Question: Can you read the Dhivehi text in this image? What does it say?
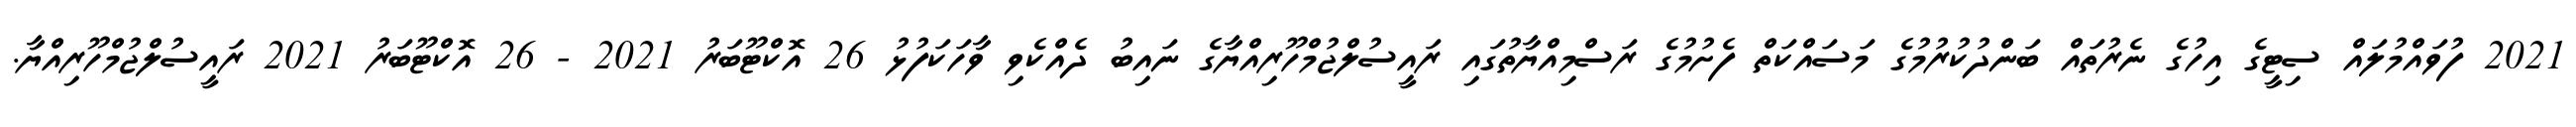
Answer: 2021 ފުވައްމުލައް ސިޓީގެ އިހުގެ ނެރުތައް ބަންދުކުރުމުގެ މަސައްކަތް ފެށުމުގެ ރަސްމިއްޔާތުގައި ރައީސުލްޖުމްހޫރިއްޔާގެ ނައިބު ދެއްކެވި ވާހަކަފުޅު 26 އޮކްޓޫބަރު 2021 - 26 އޮކްޓޫބަރު 2021 ރައީސުލްޖުމްހޫރިއްޔާ.